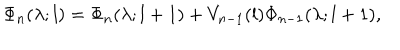
\Phi _ { n } ( \lambda ; l ) = \Phi _ { n } ( \lambda ; l + 1 ) + V _ { n - 1 } ( l ) \Phi _ { n - 1 } ( \lambda ; l + 1 ) ,